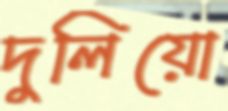
দুলিয়ো